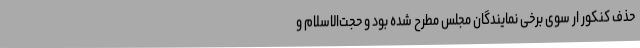
حذف کنکور ار سوی برخی نمایندگان مجلس مطرح شده بود و حجت‌الاسلام و